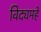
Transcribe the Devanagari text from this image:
विद्यमहे